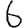
Digit: 6